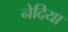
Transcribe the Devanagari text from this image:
नेदिया